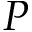
P